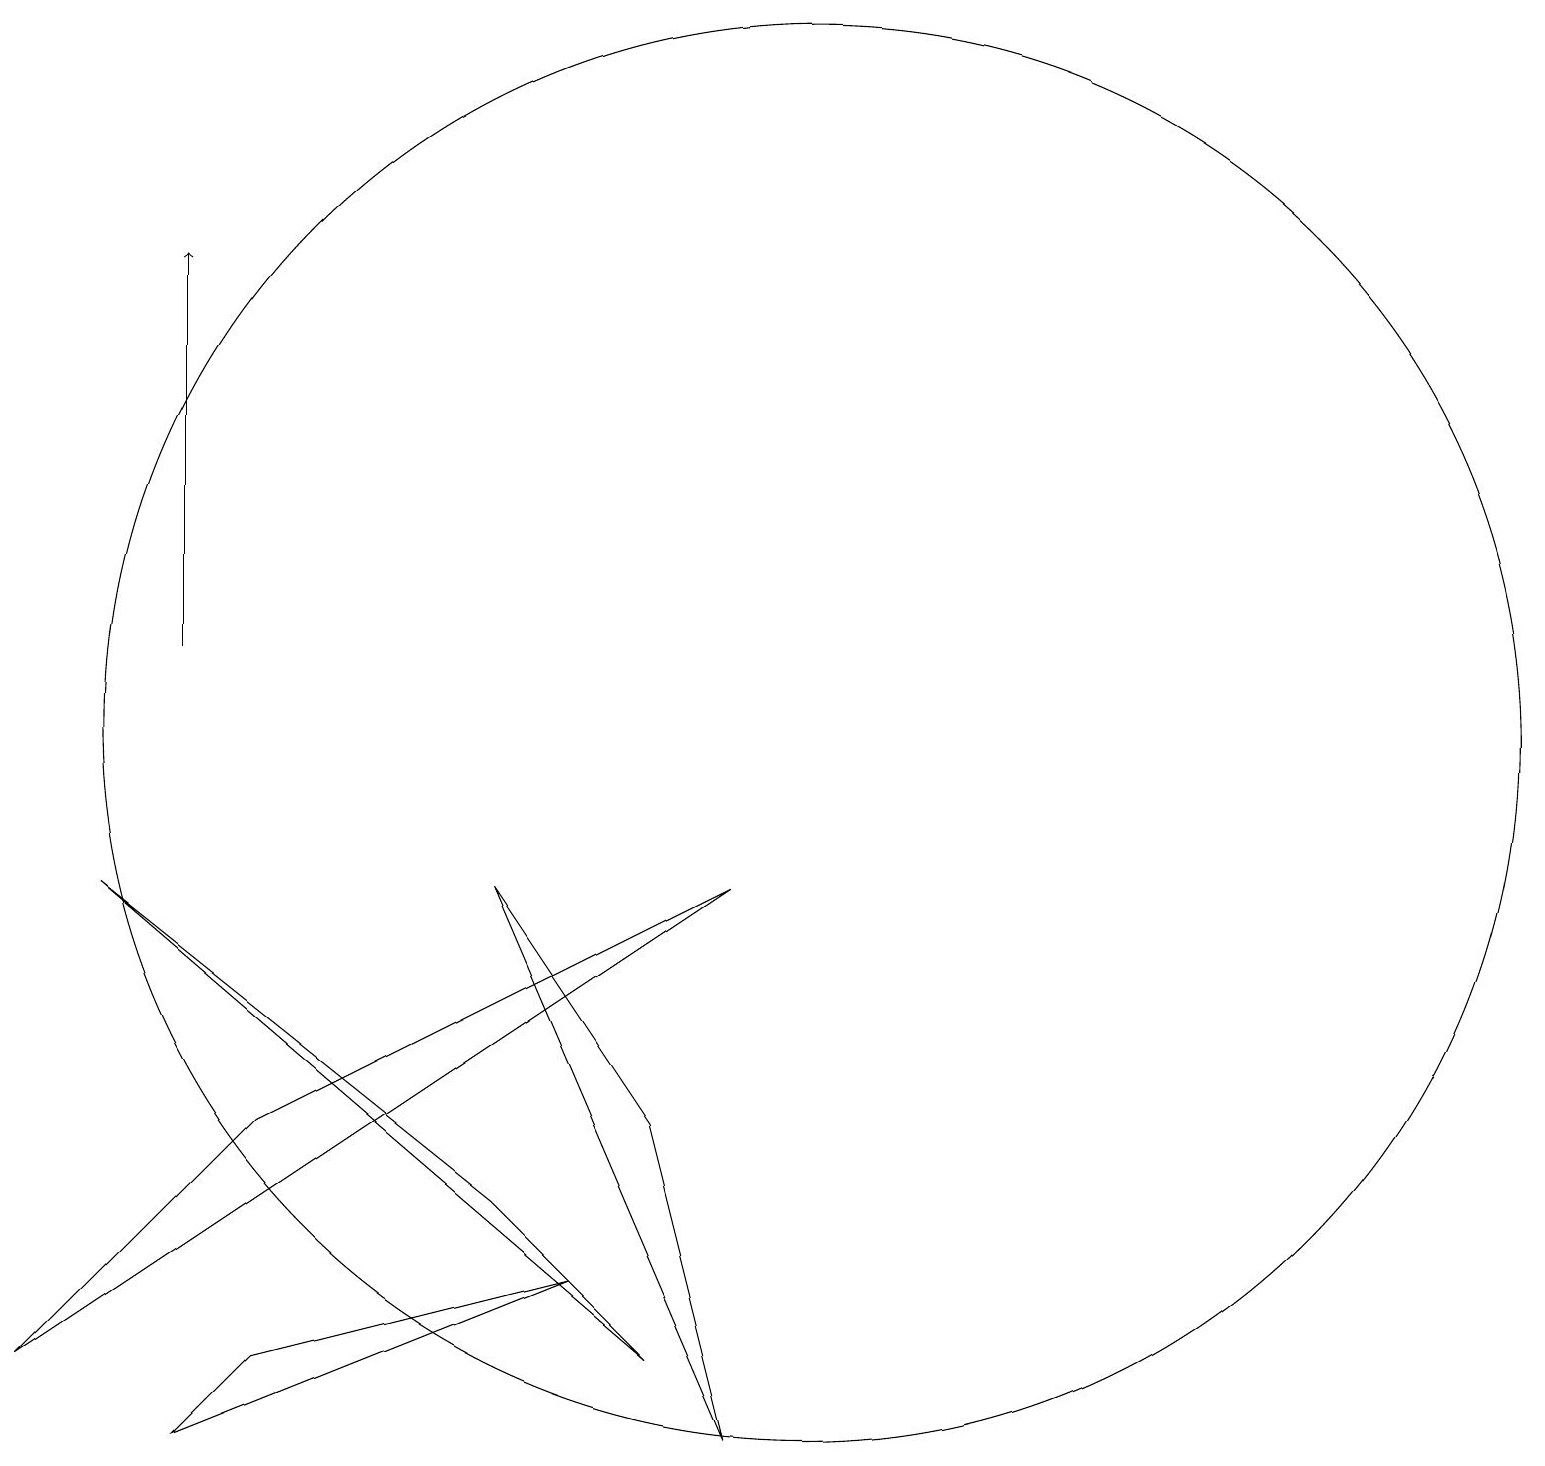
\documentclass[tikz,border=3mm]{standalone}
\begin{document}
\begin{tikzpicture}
\draw (8,3) -- (6,5) -- (1,9) -- cycle;
\draw[->] (2,12) -- (2,17);
\draw (12,12) circle (0);
\draw (10,11) circle (9);
\draw (11,10) circle (0);
\draw (6,9) -- (9,2) -- (8,6) -- cycle;
\draw (3,6) -- (0,3) -- (9,9) -- cycle;
\draw (7,4) -- (3,3) -- (2,2) -- cycle;
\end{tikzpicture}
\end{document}